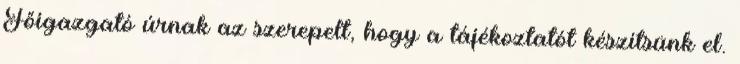
Főigazgató úrnak az szerepelt, hogy a tájékoztatót készítsünk el.